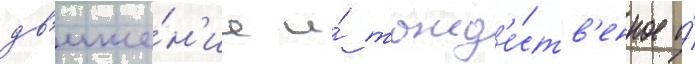
дв'иже́н'ие и́ тожд'е́ств'енное и́